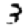
Digit: 3